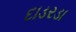
દાડરડા